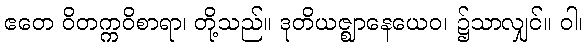
ဧတေ ဝိတက္ကဝိစာရာ၊ တို့သည်။ ဒုတိယဇ္ဈာနေယေဝ၊ ၌သာလျှင်။ ဝါ၊